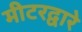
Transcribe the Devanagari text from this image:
मीटरद्वारे